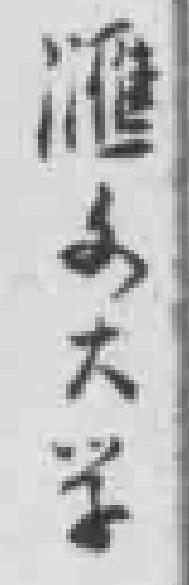
滙文大学